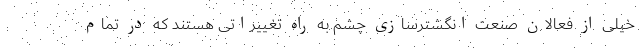
خیلی از فعالان صنعت انگشترسازی چشم به راه تغییراتی هستند که در تمام